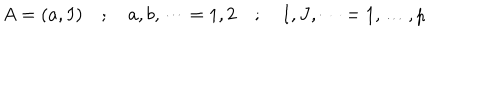
A = ( a , I ) \quad ; \quad a , b , \dots = 1 , 2 \quad ; \quad I , J , \dots = 1 , \dots , p